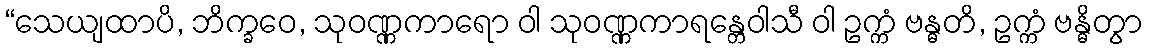
“သေယျထာပိ, ဘိက္ခဝေ, သုဝဏ္ဏကာရော ဝါ သုဝဏ္ဏကာရန္တေဝါသီ ဝါ ဥက္ကံ ဗန္ဓတိ, ဥက္ကံ ဗန္ဓိတွာ